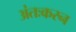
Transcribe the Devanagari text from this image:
अंतःकरन